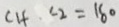
\angle 1 + \angle 2 = 1 8 0